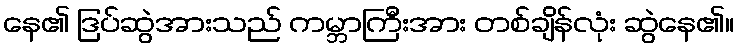
နေ၏ ဒြပ်ဆွဲအားသည် ကမ္ဘာကြီးအား တစ်ချိန်လုံး ဆွဲနေ၏။